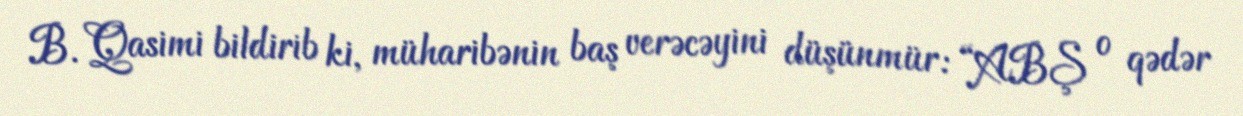
B. Qasimi bildirib ki, müharibənin baş verəcəyini düşünmür: “ABŞ o qədər